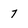
Character: 7